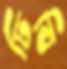
ঢিবি